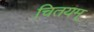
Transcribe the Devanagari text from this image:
चितयम्